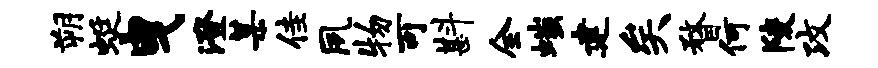
朔蜓曳澄某佳夙物可斟全嗤建矣瞀何陵攻